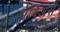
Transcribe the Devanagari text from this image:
झेविअर्स